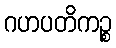
ဂဟပတိကဉ္စ